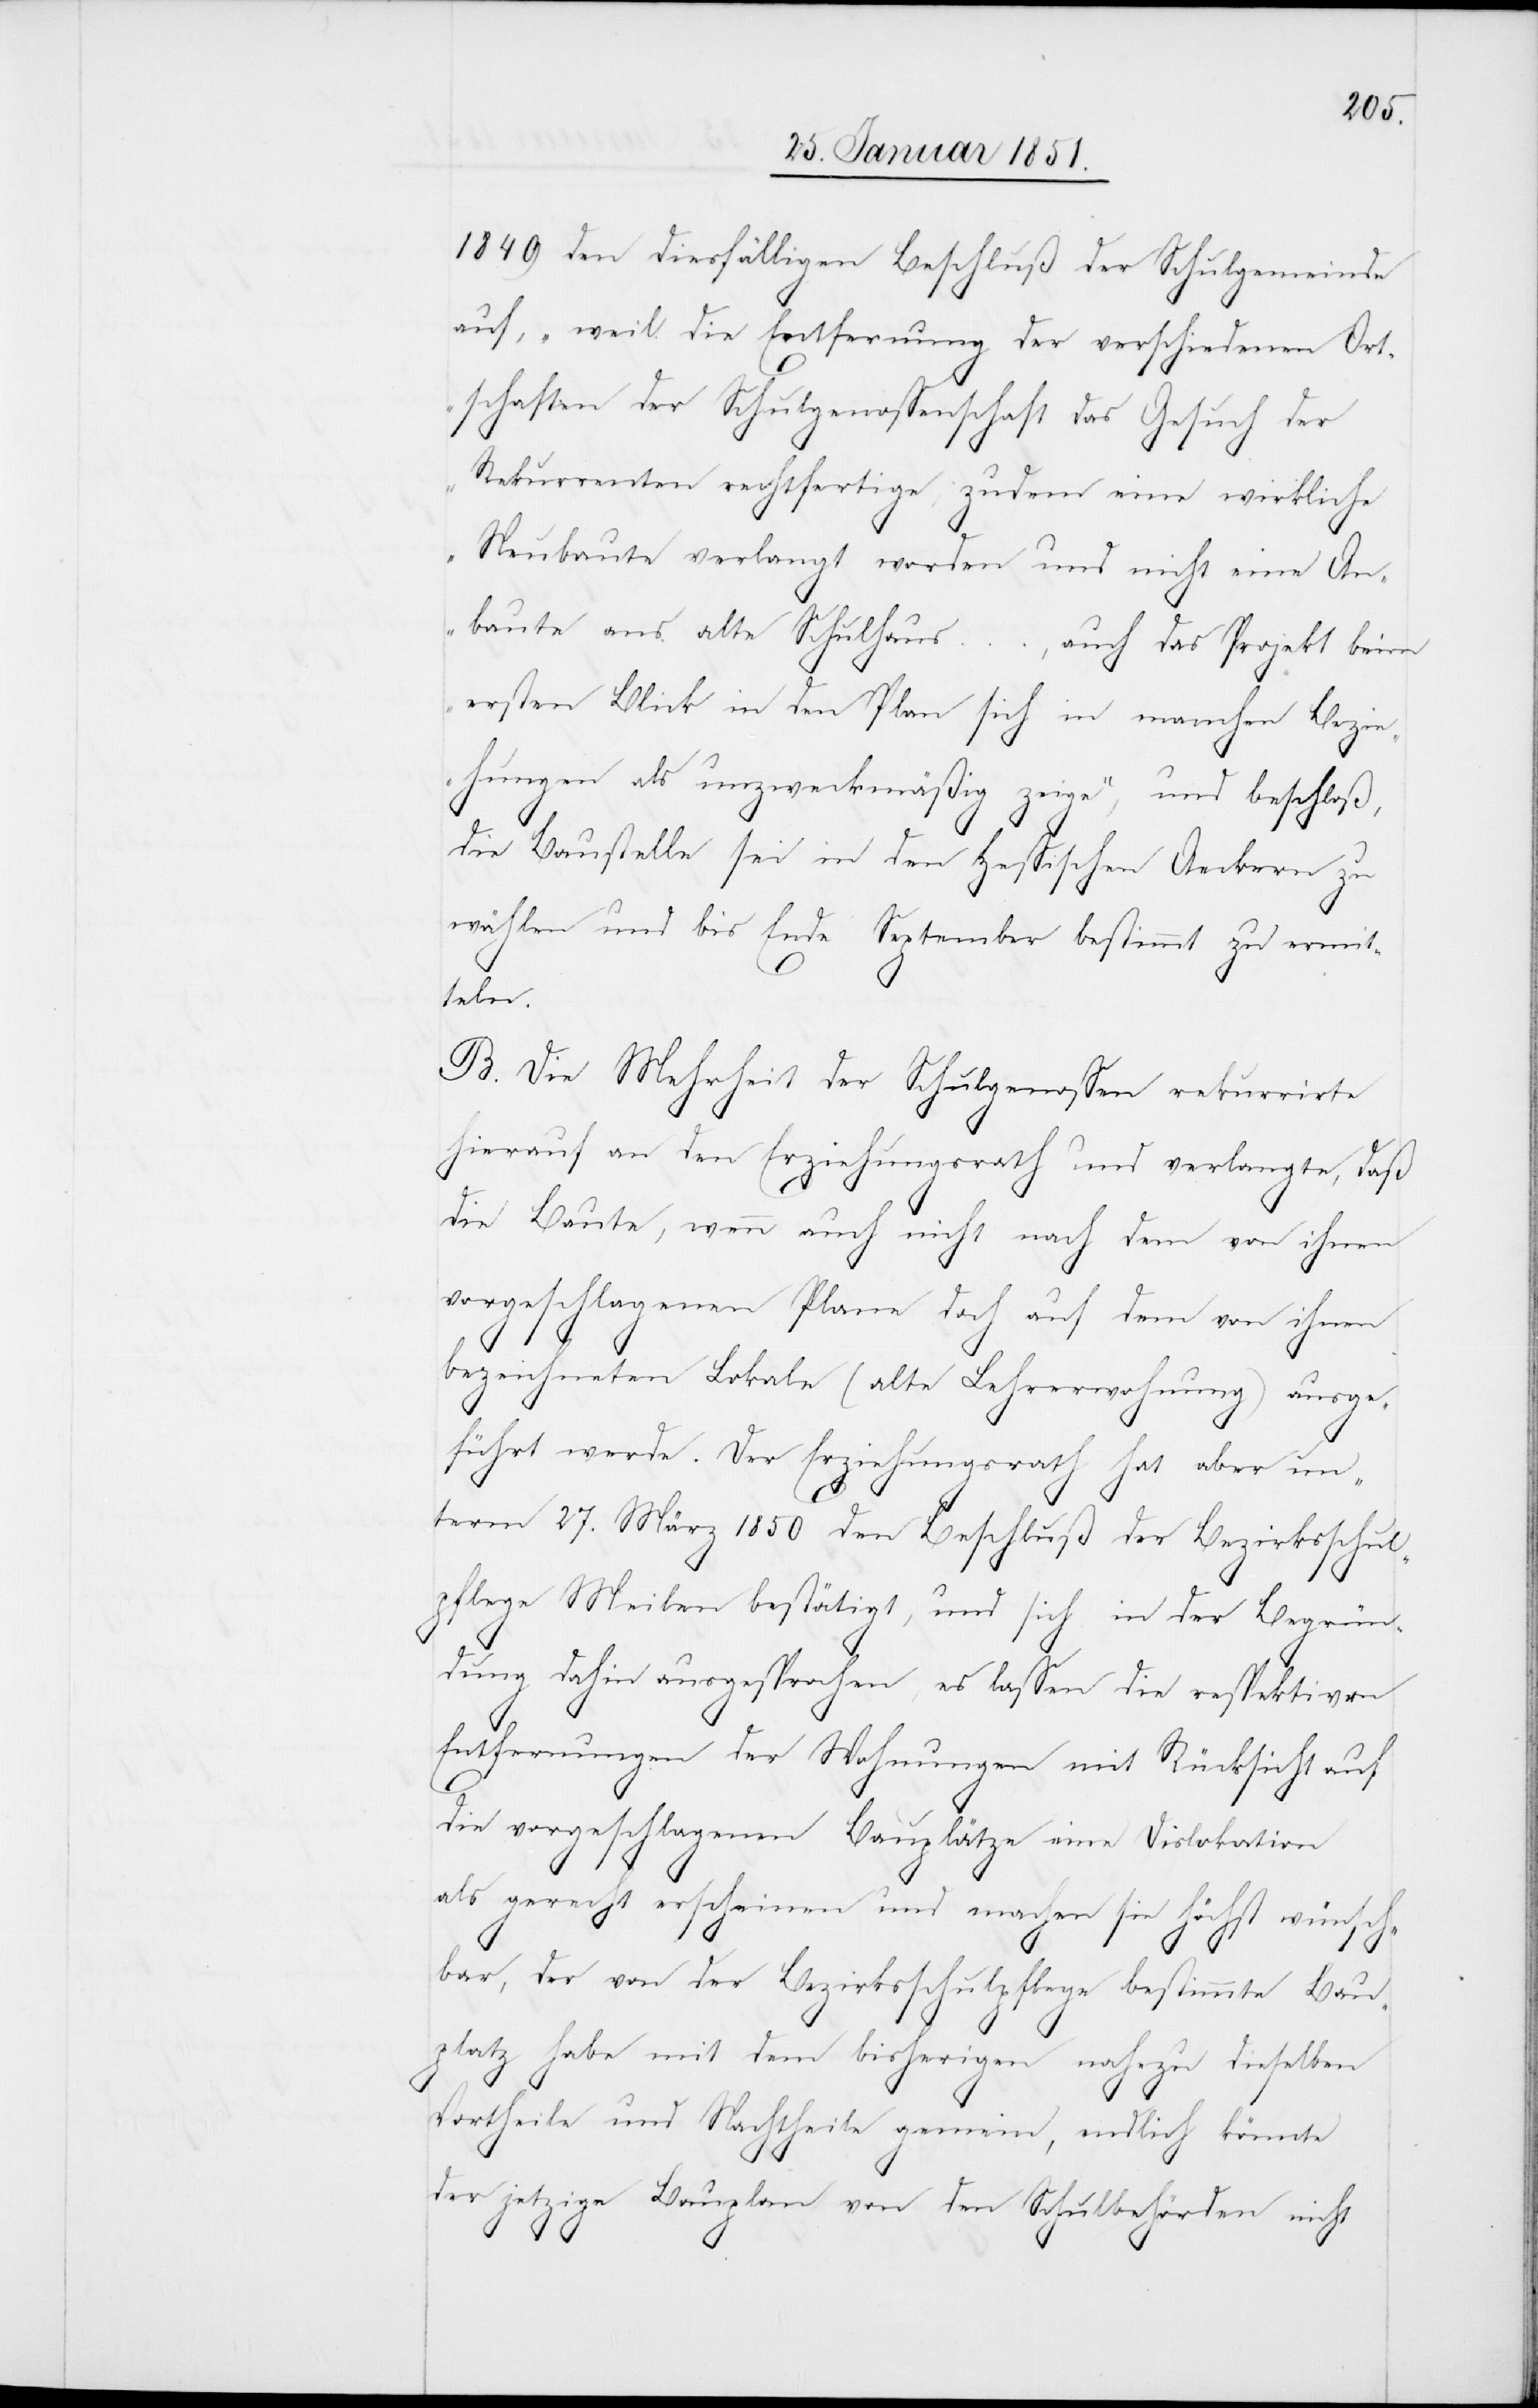
1849 den diesfälligen Beschluß der Schulgemeinde
auf, „weil die Entfernung der verschiedenen Ort¬
schaften der Schulgenossenschaft das Gesuch der
Rekurrenten rechtfertige, zudem eine wirkliche
Neubaute verlangt worden und nicht eine An¬
baute ans alte Schulhaus …, auch das Projekt beim
ersten Blick in den Plan sich in manchen Bezie¬
hungen als unzweckmäßig zeige“, und beschloß,
die Baustelle sei in den Hessischen Aeckern zu
wählen und bis Ende September bestimmt zu ermit¬
teln.
B. Die Mehrheit der Schulgenossen rekurrirte
hierauf an den Erziehungsrath und verlangte, daß
die Baute, wenn auch nicht nach dem von ihnen
vorgeschlagenen Plane doch auf dem von ihnen
bezeichneten Lokale (alte Lehrerwohnung) ausge¬
führt werde. Der Erziehungsrath hat aber un¬
term 27. März 1850 den Beschluß der Bezirksschul¬
pflege Meilen bestätigt, und sich in der Begrün¬
dung dahin ausgesprochen, es lassen die respektiven
Entfernungen der Wohnungen mit Rücksicht auf
die vorgeschlagenen Bauplätze eine Dislokation
als gerecht erscheinen und machen sie höchst wünsch¬
bar, der von der Bezirksschulpflege bestimmte Bau¬
platz habe mit dem bisherigen nahezu dieselben
Vortheile und Nachtheile gemein, endlich könnte
der jetzige Bauplan von den Schulbehörden nicht